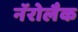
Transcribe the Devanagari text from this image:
नॅरोलैक